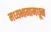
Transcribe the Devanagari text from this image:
मध्यभागामधून